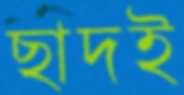
ছাদই